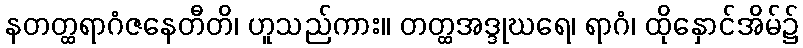
နတတ္ထရာဂံဇနေတီတိ၊ ဟူသည်ကား။ တတ္ထအဒ္ဒုဃရေ၊ ရာဂံ၊ ထိုနှောင်အိမ်၌